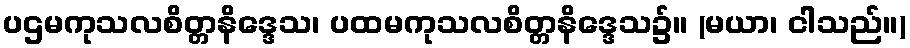
ပဌမကုသလစိတ္တနိဒ္ဒေသ၊ ပထမကုသလစိတ္တနိဒ္ဒေသ၌။ (မယာ၊ ငါသည်။)